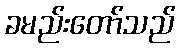
ခမည်းတော်သည်